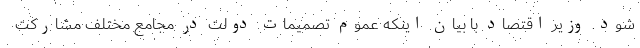
شود. وزیر اقتصاد با بیان اینکه عموم تصمیمات دولت در مجامع مختلف مشارکت